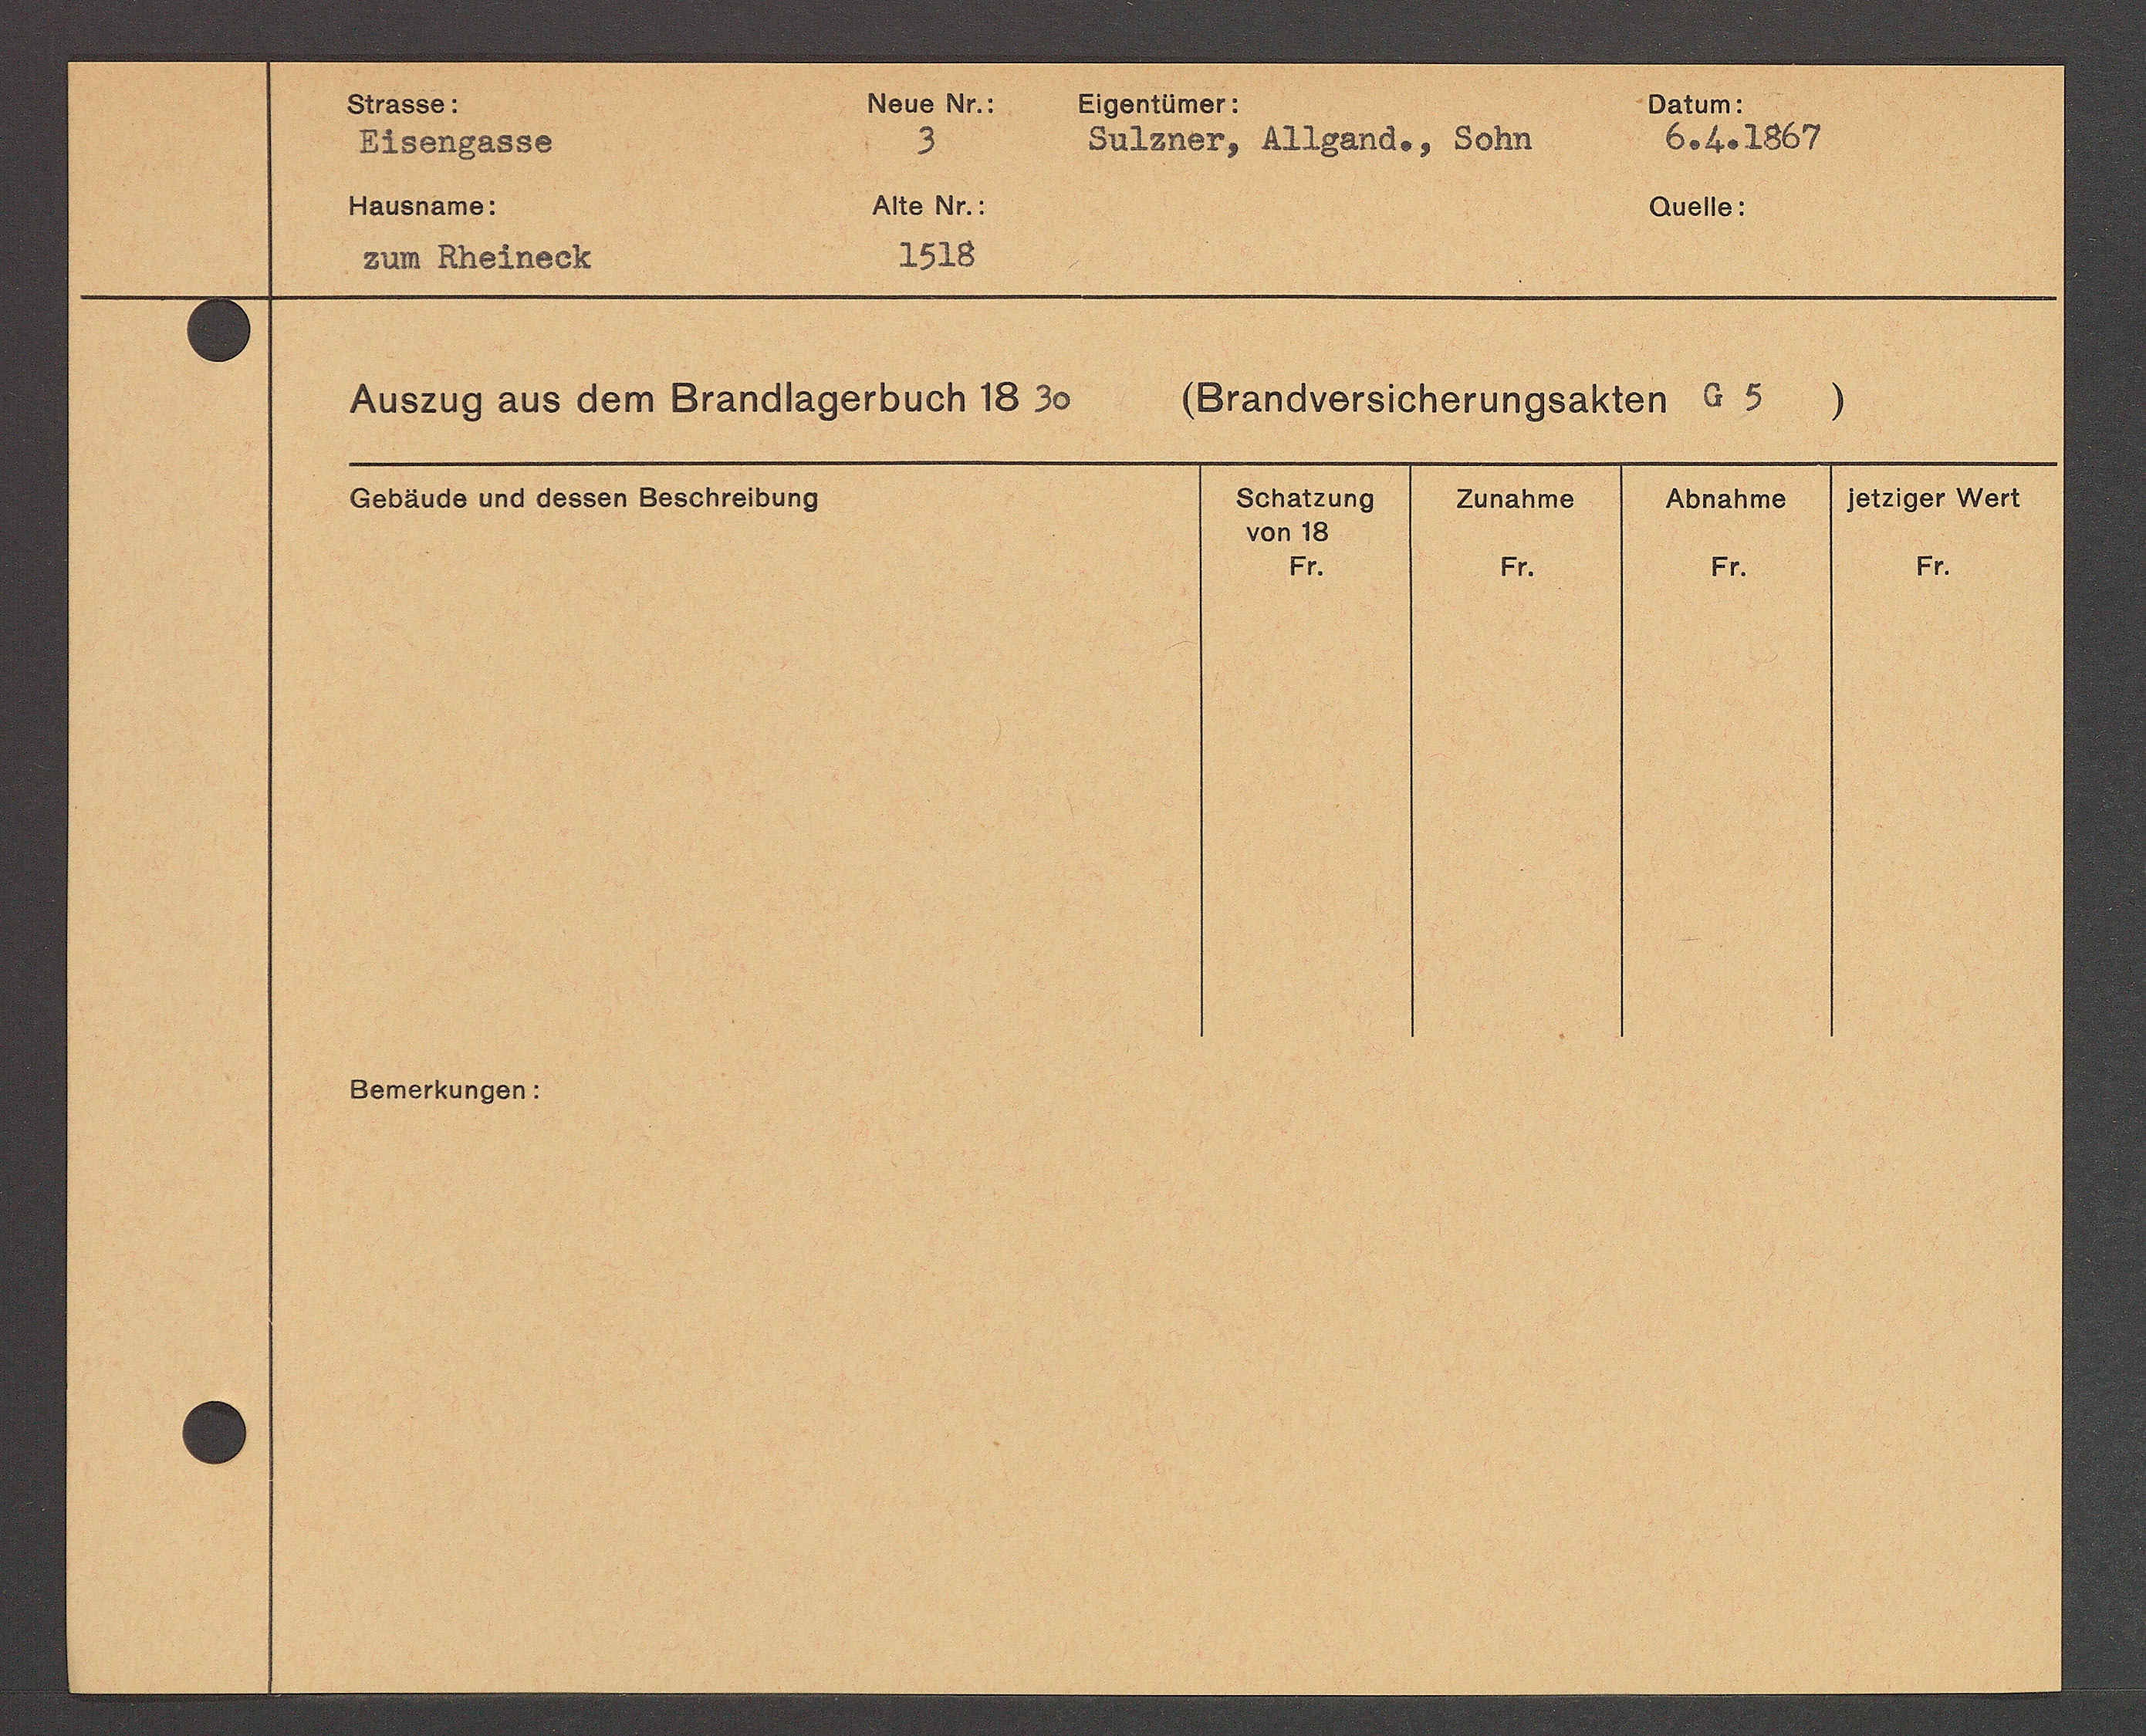
Transcript:
bobo 1567
STANos DTADando, 301
D D 50 D D D D30
112454 A 10
1410 N.
Anott0:
2528
BA RADTADEL.

HASEAg AAS AOR STANDTAGDNBUCHBB 3
DANDOISERSRUNGSAEAER b 5
)
Dob Rudo Nid doSSon DoSENotbrd
zum Tanso 150
gassen I 1545
101 13
6.
81.
64.
64.
Domottunger.